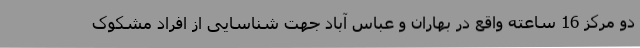
دو مرکز 16 ساعته واقع در بهاران و عباس آباد جهت شناسایی از افراد مشکوک